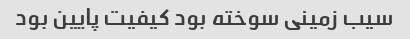
سیب زمینی سوخته بود کیفیت پایین بود